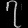
Digit: ၇